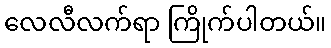
လေလီလက်ရာ ကြိုက်ပါတယ်။